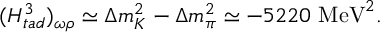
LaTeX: ( H _ { t a d } ^ { 3 } ) _ { \omega \rho } \simeq \Delta m _ { K } ^ { 2 } - \Delta m _ { \pi } ^ { 2 } \simeq - 5 2 2 0 \mathrm { ~ M e V } ^ { 2 } .